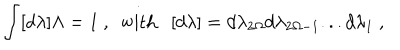
\int [ d \lambda ] \Lambda = 1 \ , \ \ \mathrm { w i t h } \ \ \ [ d \lambda ] = d \lambda _ { 2 \Omega } d \lambda _ { 2 \Omega - 1 } . . . d \lambda _ { 1 } \ ,